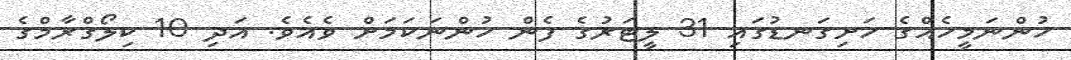
ހުންނަމީހެއްގެ ހަށިގަނޑުގައި 31 ލީޓަރުގެ ފެން ހުންނަކަމަށް ވެއެވެ. އަދި 10 ކިލޯގްރާމްގެ